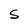
Character: S